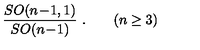
{ \frac { S O ( n \! - \! 1 , 1 ) } { S O ( n \! - \! 1 ) } } \ . \qquad ( n \geq 3 )